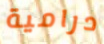
درامية